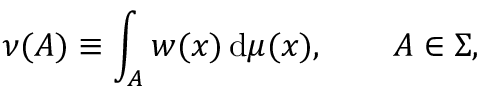
\nu ( A ) \equiv \int _ { A } w ( x ) \, \mathrm { d } \mu ( x ) , \qquad A \in \Sigma ,